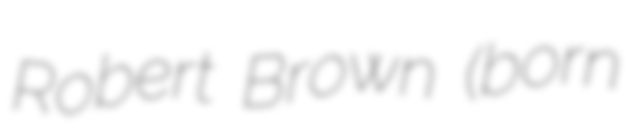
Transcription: Robert Brown (born